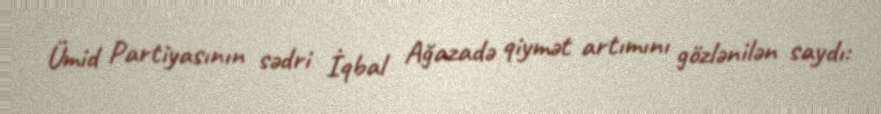
Ümid Partiyasının sədri İqbal Ağazadə qiymət artımını gözlənilən saydı: